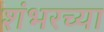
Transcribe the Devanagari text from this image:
शंभरच्या